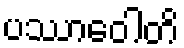
ပဿာဝေါတိ